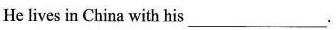
He lives in China with his ___.